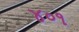
૪૦૧